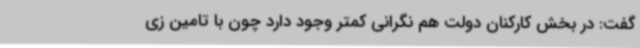
گفت: در بخش کارکنان دولت هم نگرانی کمتر وجود دارد چون با تامین زی